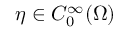
\eta \in C _ { 0 } ^ { \infty } ( \Omega )